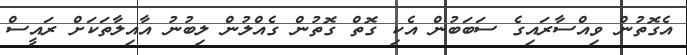
އެގޮތުން ވިއްސާރައިގެ ސަބަބުން އެކި ގޮތް ގޮތުން ގެއްލުން ލިބުނު އާއިލާތަކަށް ރައީސް